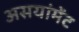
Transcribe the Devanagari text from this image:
असयांमेंट